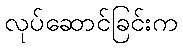
လုပ်ဆောင်ခြင်းက